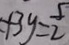
+ 3 y = \frac { 5 } { 2 }